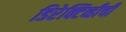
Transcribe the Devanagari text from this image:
डिरेक्टिव्हीची